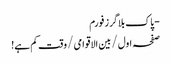
- پاک بلاگرز فورم
صفحہ اول / بین الاقوامی / وقت کم ہے!